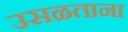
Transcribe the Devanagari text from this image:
उसळताना